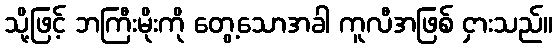
သို့ဖြင့် ဘကြီးမိုးကို တွေ့သောအခါ ကူလီအဖြစ် ငှားသည်။